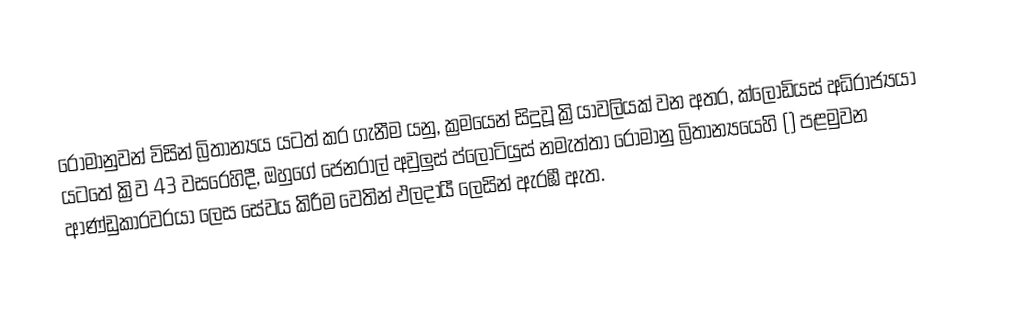
රෝමානුවන් විසින් බ්‍රිතාන්‍යය යටත් කර ගැනීම යනු, ක්‍රමයෙන් සිදුවූ ක්‍රියාවලියක් වන අතර,  ක්ලෝඩියස් අධිරාජ්‍යයා යටතේ ක්‍රිව 43 වසරෙහිදී, ඔහුගේ ජෙනරාල් අවුලුස් ප්ලෝටියුස් නමැත්තා රෝමානු බ්‍රිතාන්‍යයෙහි () පළමුවන ආණ්ඩුකාරවරයා ලෙස සේවය කිරීම වෙතින් ඵලදායී ලෙසින් ඇරඹී ඇත.